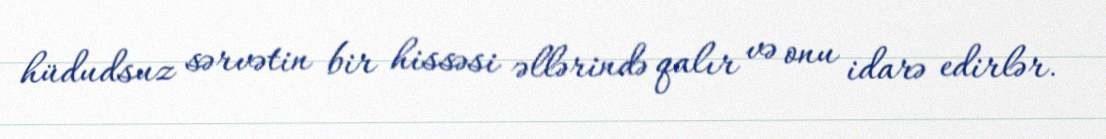
hüdudsuz sərvətin bir hissəsi əllərində qalır və onu idarə edirlər.